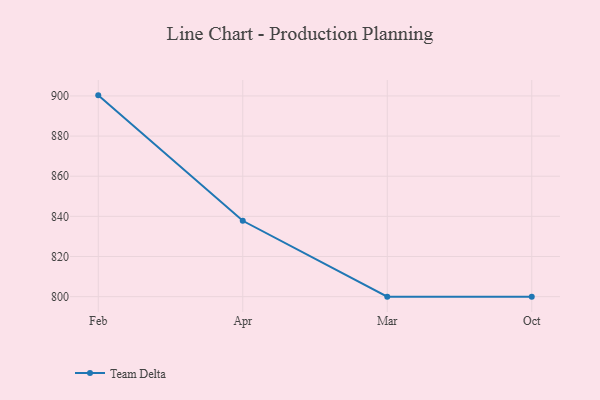
{"axis": {"x": "Month", "y": "Energy Usage (MWh)"}, "legend": ["Team Delta"], "data": [{"x": "Feb", "y": 900.3, "type": "Team Delta"}, {"x": "Apr", "y": 837.8, "type": "Team Delta"}, {"x": "Mar", "y": 800, "type": "Team Delta"}, {"x": "Oct", "y": 800, "type": "Team Delta"}]}